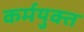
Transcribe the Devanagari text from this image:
कर्मयुक्त